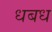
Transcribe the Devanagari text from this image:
धबध